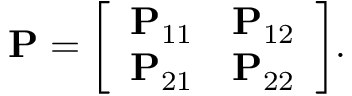
\mathbf { P } = { \left[ \begin{array} { l l } { \mathbf { P } _ { 1 1 } } & { \mathbf { P } _ { 1 2 } } \\ { \mathbf { P } _ { 2 1 } } & { \mathbf { P } _ { 2 2 } } \end{array} \right] } .